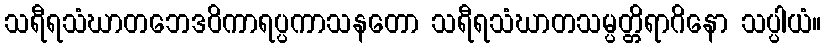
သရီရသံဃာတဘေဒဝိကာရပ္ပကာသနတော သရီရသံဃာတသမ္ပတ္တိရာဂိနော သပ္ပါယံ။